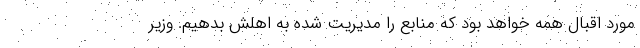
مورد اقبال همه خواهد بود که منابع را مدیریت شده به اهلش بدهیم. وزیر